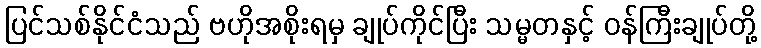
ပြင်သစ်နိုင်ငံသည် ဗဟိုအစိုးရမှ ချုပ်ကိုင်ပြီး သမ္မတနှင့် ဝန်ကြီးချုပ်တို့